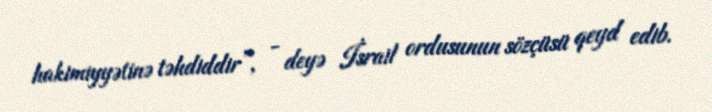
hakimiyyətinə təhdiddir”, - deyə İsrail ordusunun sözçüsü qeyd edib.